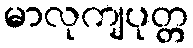
မာလုကျပုတ္တ